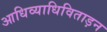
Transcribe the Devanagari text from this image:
आधिव्याधिविताड़न